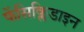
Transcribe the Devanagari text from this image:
फेंसिक्लिडाइन